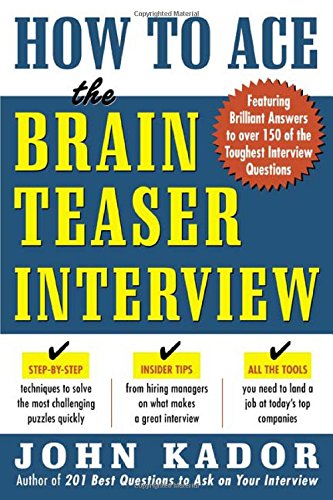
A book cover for How to Ace the Brainteaser Interview; John Kador; Business & Money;